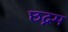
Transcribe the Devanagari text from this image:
छद्नम